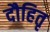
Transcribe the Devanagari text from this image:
दौहितृ